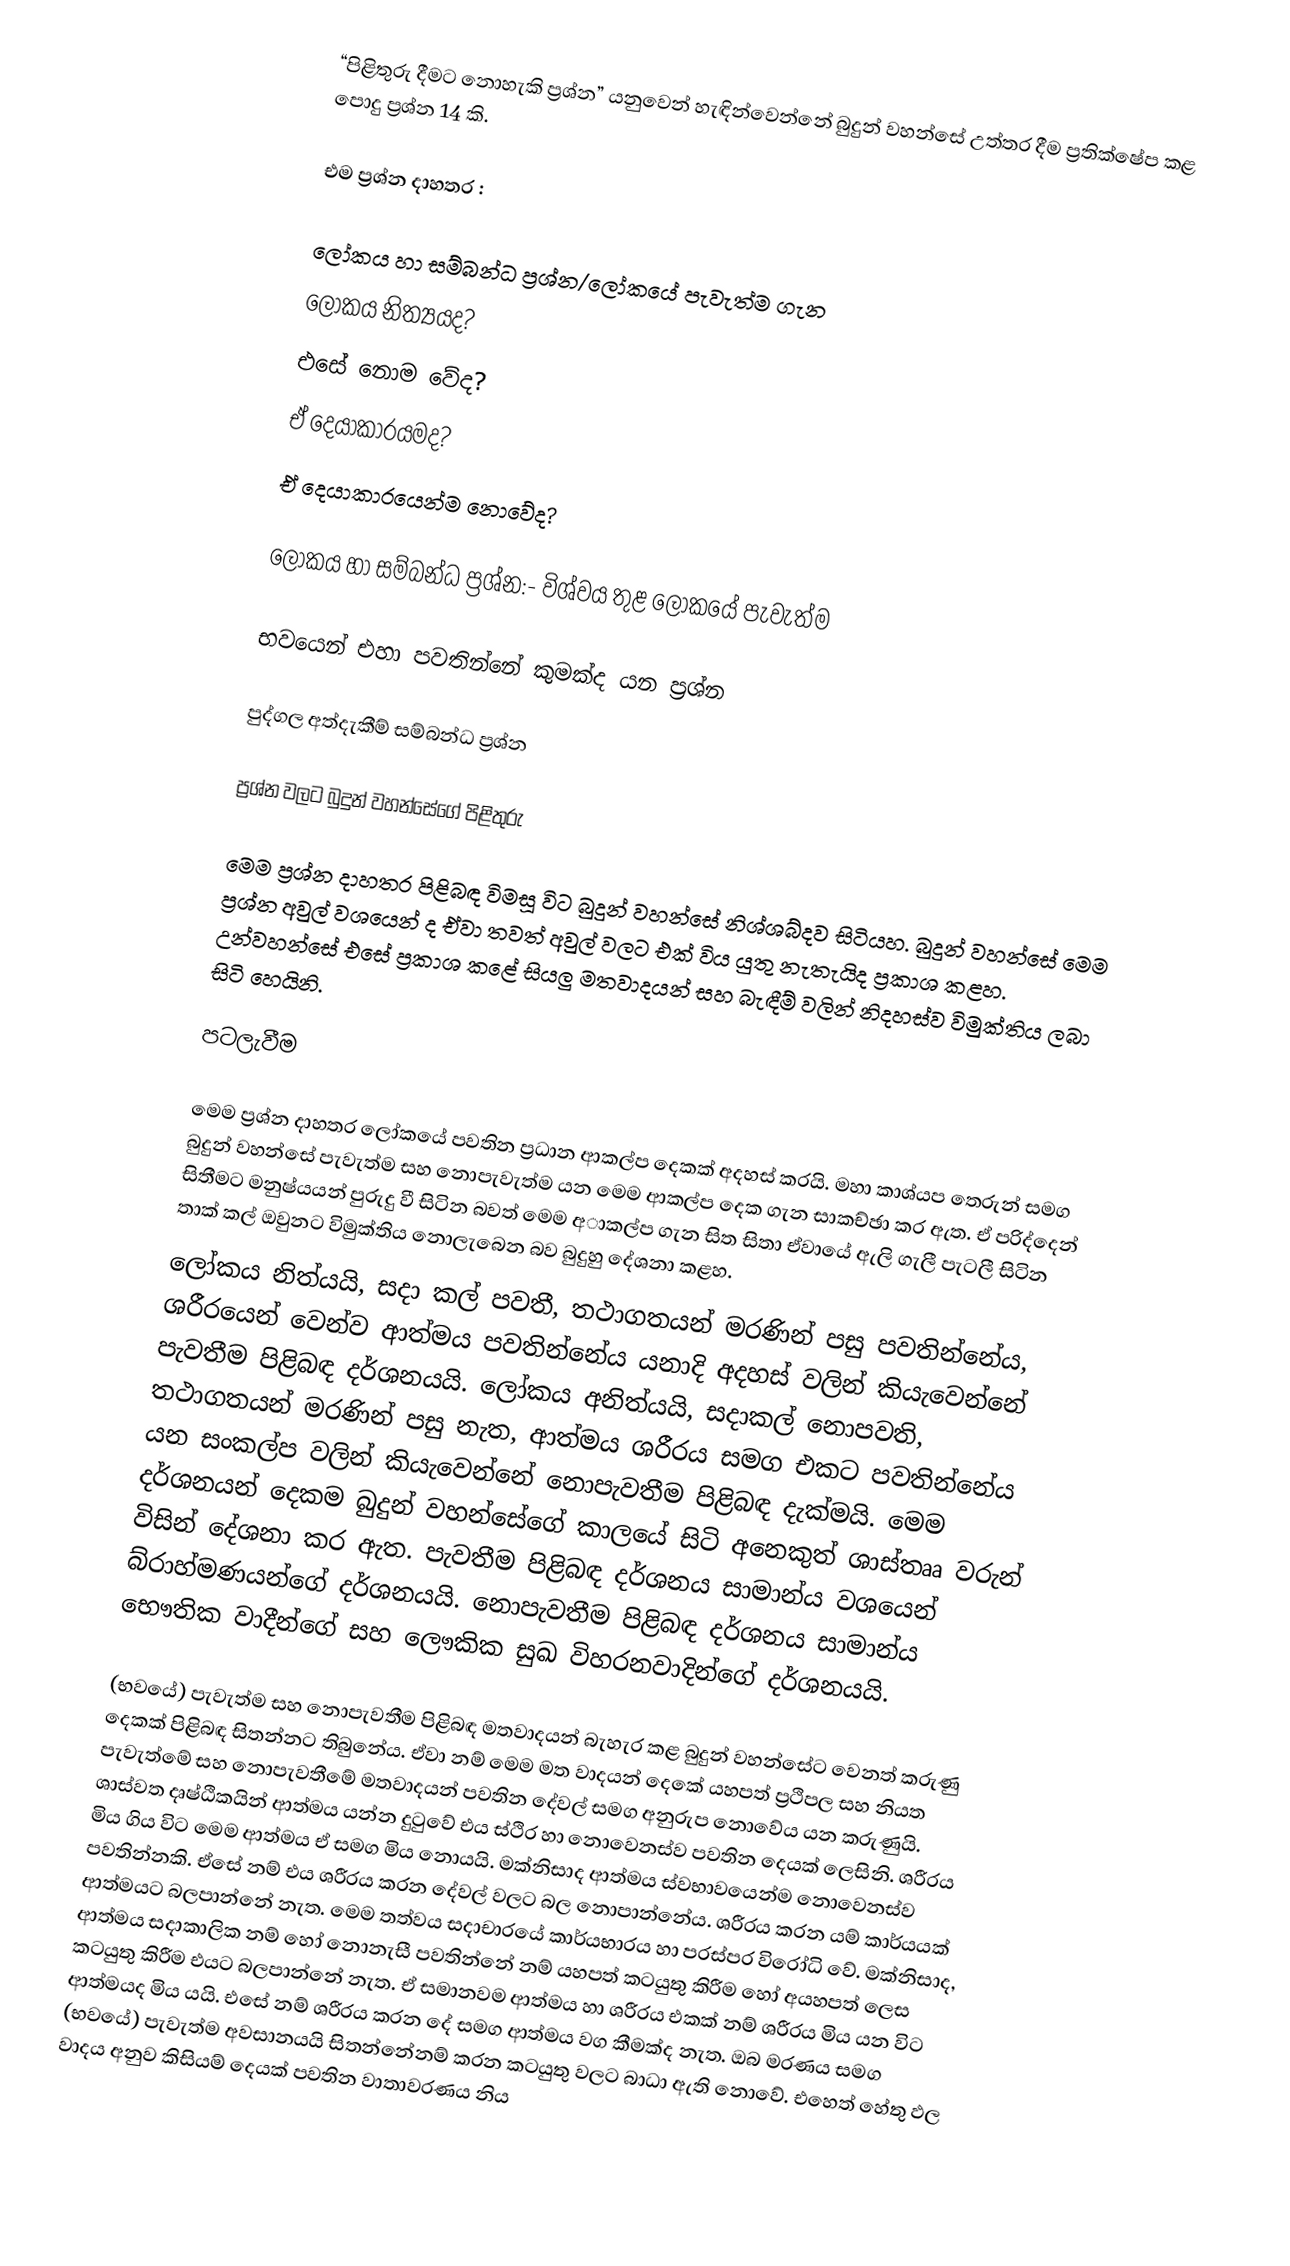
“පිළිතුරු දීමට නොහැකි ප්‍රශ්න” යනුවෙන් හැඳින්වෙන්නේ බුදුන් වහන්සේ උත්තර දීම ප්‍රතික්ෂේප කළ පොදු ප්‍රශ්න 14 කි.

එම ප්‍රශ්න දාහතර :

ලෝකය හා සම්බන්ධ ප්‍රශ්න/ලෝකයේ පැවැත්ම ගැන
ලෝකය නිත්‍යයද?
 එසේ නොම වේද?
 ඒ දෙයාකාරයමද?
  ඒ දෙයාකාරයෙන්ම නොවේද?

ලෝකය හා සම්බන්ධ ප්‍රශ්න:-  විශ්වය තුළ ලෝකයේ පැවැත්ම

භවයෙන් එහා පවතින්නේ කුමක්ද යන ප්‍රශ්න

පුද්ගල අත්දැකීම් සම්බන්ධ ප්‍රශ්න

ප්‍රශ්න වලට බුදුන් වහන්සේගේ පිළිතුරු

මෙම ප්‍රශ්න දාහතර පිළිබඳ විමසූ විට බුදුන් වහන්සේ නිශ්ශබ්දව සිටියහ. බුදුන් වහන්සේ මෙම ප්‍රශ්න අවුල් වශයෙන් ද ඒවා තවත් අවුල් වලට එක් විය යුතු නැතැයිද ප්‍රකාශ කළහ. උන්වහන්සේ එසේ ප්‍රකාශ කළේ සියලු මතවාදයන් සහ  බැඳීම්  වලින් නිදහස්ව විමුක්තිය ලබා සිටි හෙයිනි.

පටලැවීම

මෙම ප්‍රශ්න දාහතර ලෝකයේ පවතින ප්‍රධාන ආකල්ප දෙකක් අදහස් කරයි. මහා කාශ්යප තෙරුන් සමග බුදුන් වහන්සේ පැවැත්ම සහ නොපැවැත්ම යන මෙම ආකල්ප දෙක ගැන සාකච්ඡා කර ඇත. ඒ පරිද්දෙන් සිතීමට මනුෂ්යයන් පුරුදු වී සිටින බවත් මෙම අාකල්ප ගැන සිත සිතා ඒවායේ ඇලි ගැලී පැටලී සිටින තාක් කල් ඔවුනට විමුක්තිය නොලැබෙන බව බුදුහු දේශනා කළහ.
ලෝකය නිත්යයි, සදා කල් පවතී, තථාගතයන් මරණින් පසු පවතින්නේය, ශරීරයෙන් වෙන්ව ආත්මය පවතින්නේය යනාදි අදහස් වලින් කියැවෙන්නේ පැවතීම පිළිබඳ දර්ශනයයි. ලෝකය අනිත්යයි, සදාකල් නොපවති, තථාගතයන් මරණින් පසු නැත, ආත්මය ශරීරය සමග එකට පවතින්නේය යන සංකල්ප වලින් කියැවෙන්නේ නොපැවතීම පිළිබඳ දැක්මයි. මෙම දර්ශනයන් දෙකම බුදුන් වහන්සේගේ කාලයේ සිටි අනෙකුත් ශාස්තෲ වරුන් විසින් දේශනා කර ඇත. පැවතීම පිළිබඳ දර්ශනය සාමාන්ය වශයෙන් බ්රාහ්මණයන්ගේ දර්ශනයයි. නොපැවතීම පිළිබඳ දර්ශනය සාමාන්ය භෞතික වාදීන්ගේ සහ ලෞකික සුඛ විහරනවාදින්ගේ දර්ශනයයි.

(භවයේ) පැවැත්ම සහ නොපැවතීම පිළිබඳ මතවාදයන් බැහැර කළ බුදුන් වහන්සේට වෙනත් කරුණු දෙකක් පිළිබඳ සිතන්නට තිබුනේය. ඒවා නම් මෙම මත වාදයන් දෙකේ යහපත් ප්‍රථිපල සහ නියත පැවැත්මේ සහ නොපැවතීමේ මතවාදයන් පවතින දේවල් සමග අනුරුප නොවේය යන කරුණුයි. ශාස්වත දෘෂ්ඨිකයින් ආත්මය යන්න දුටුවේ එය ස්ථිර හා නොවෙනස්ව පවතින දෙයක් ලෙසිනි. ශරීරය මිය ගිය විට මෙම ආත්මය ඒ සමග මිය නොයයි. මක්නිසාද ආත්මය ස්වභාවයෙන්ම නොවෙනස්ව පවතින්නකි. ඒසේ නම් එය ශරීරය කරන දේවල් වලට බල නොපාන්නේය. ශරීරය කරන යම් කාර්යයක් ආත්මයට බලපාන්නේ නැත. මෙම තත්වය සදාචාරයේ කාර්යභාරය හා  පරස්පර විරෝධි වේ. මක්නිසාද, ආත්මය සදාකාලික නම් හෝ නොනැසී පවතින්නේ නම් යහපත් කටයුතු කිරීම හෝ අයහපත් ලෙස කටයුතු කිරීම එයට බලපාන්නේ නැත. ඒ සමානවම ආත්මය හා ශරීරය එකක් නම් ශරීරය මිය යන විට ආත්මයද මිය යයි. එසේ නම් ශරීරය කරන දේ සමග ආත්මය වග කීමක්ද නැත. ඔබ මරණය සමග (භවයේ) පැවැත්ම අවසානයයි සිතන්නේනම් කරන කටයුතු වලට බාධා ඇති නොවේ. එහෙත් හේතු ඵල වාදය අනුව කිසියම් දෙයක් පවතින වාතාවරණය නිය